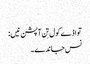
‏
تواڈے کول تِن آپشن نیں:‏
نس جاندے۔